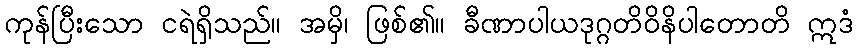
ကုန်ပြီးသော ငရဲရှိသည်။ အမှိ၊ ဖြစ်၏။ ခီဏာပါယဒုဂ္ဂတိဝိနိပါတောတိ ဣဒံ